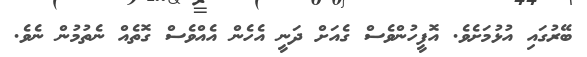
ބޭރުގައި އުޅުމަށެވެ. އޮފީހުންވެސް ގެއަށް ދަނީ އެހެން އެއްވެސް ގޮތެއް ނެތުމުން ނެވެ.